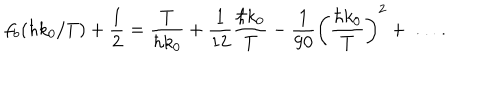
f _ { b } ( \hbar k _ { 0 } / T ) + \frac { 1 } { 2 } = \frac { T } { \hbar k _ { 0 } } + \frac { 1 } { 1 2 } \frac { \hbar k _ { 0 } } { T } - \frac { 1 } { 9 0 } \left( \frac { \hbar k _ { 0 } } { T } \right) ^ { 2 } + \, \ldots \, .